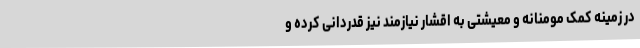
در زمینه کمک مومنانه و معیشتی به اقشار نیازمند نیز قدردانی کرده و